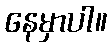
နေမှာပါ။